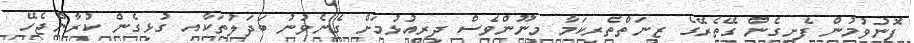
ފޮނުވުމުން ފެށިގެން ގޭތެރޭގެ ޒީނަތްތެރިކަމާ މިނޫންވެސް ދިރިއުޅުމަށް ގެނެވުނު ބަދަލުތަކާއި ގުޅިގެން ކުރާންޖެހޭ